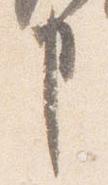
事